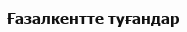
Ғазалкентте туғандар